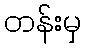
တန်းမှ